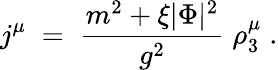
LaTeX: j^{\mu}\; =\; \frac{m^{2}+\xi|\Phi|^{2}}{g^{2}}\; \rho_{3}^{\mu}\; .